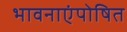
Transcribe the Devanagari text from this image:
भावनाएंपोषित